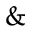
\&